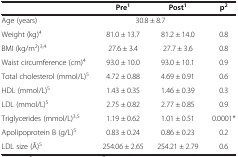
<table><thead><tr><td><b> </b></td><td><b>Pre<sup>1</sup></b></td><td><b>Post<sup>1</sup></b></td><td><b>p<sup>2</sup></b></td></tr></thead><tbody><tr><td>Age (years)</td><td colspan="2">30.8 ± 8.7</td><td> </td></tr><tr><td>Weight (kg)<sup>4</sup></td><td>81.0 ± 13.7</td><td>81.2 ± 14.0</td><td>0.8</td></tr><tr><td>BMI (kg/m<sup>2</sup>)<sup>3,4</sup></td><td>27.6 ± 3.4</td><td>27.7 ± 3.6</td><td>0.8</td></tr><tr><td>Waist circumference (cm)<sup>4</sup></td><td>93.0 ± 10.0</td><td>93.0 ± 10.1</td><td>0.9</td></tr><tr><td>Total cholesterol (mmol/L)<sup>5</sup></td><td>4.72 ± 0.88</td><td>4.69 ± 0.91</td><td>0.6</td></tr><tr><td>HDL (mmol/L)<sup>5</sup></td><td>1.43 ± 0.35</td><td>1.46 ± 0.39</td><td>0.3</td></tr><tr><td>LDL (mmol/L)<sup>5</sup></td><td>2.75 ± 0.82</td><td>2.77 ± 0.85</td><td>0.9</td></tr><tr><td>Triglycerides (mmol/L)<sup>3,5</sup></td><td>1.19 ± 0.62</td><td>1.01 ± 0.51</td><td>0.0001*</td></tr><tr><td>Apolipoprotein B (g/L)<sup>5</sup></td><td>0.83 ± 0.24</td><td>0.86 ± 0.23</td><td>0.2</td></tr><tr><td>LDL size (Å)<sup>5</sup></td><td>254.06 ± 2.65</td><td>254.21 ± 2.79</td><td>0.6</td></tr></tbody></table>